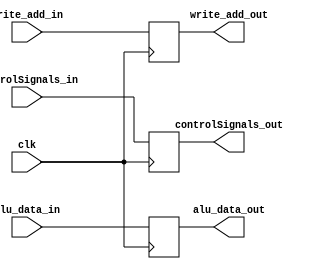
module MW_Buffer (controlSignals_in,alu_data_in,write_add_in,clk,controlSignals_out,alu_data_out,write_add_out);
input [2:0] controlSignals_in;
input [15:0] alu_data_in;
input [2:0] write_add_in;

input clk;

output reg [2:0] controlSignals_out;
output reg [15:0] alu_data_out;
output reg [2:0] write_add_out;

always @(posedge clk)
begin
controlSignals_out=controlSignals_in;
alu_data_out=alu_data_in;
write_add_out=write_add_in;
end
endmodule